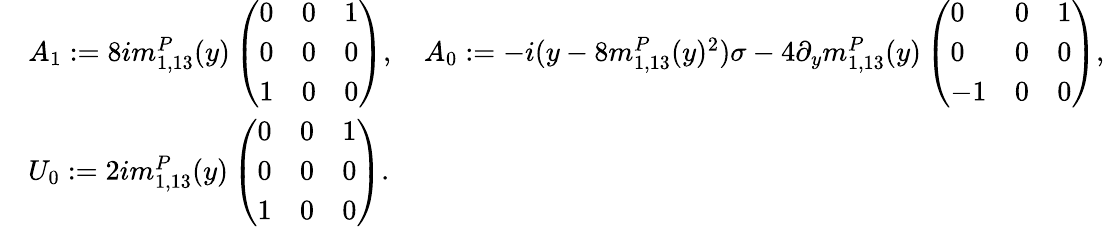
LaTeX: \begin{array}{rl}&{A_{1}:=8im_{1,13}^{P}(y)\left(\begin{array}{lll}{0}&{0}&{1}\\ {0}&{0}&{0}\\ {1}&{0}&{0}\end{array}\right),\quad A_{0}:=-i(y-8m_{1,13}^{P}(y)^{2})\sigma-4\partial_{y}m_{1,13}^{P}(y)\left(\begin{array}{lll}{0}&{0}&{1}\\ {0}&{0}&{0}\\ {-1}&{0}&{0}\end{array}\right),}\\ &{U_{0}:=2im_{1,13}^{P}(y)\left(\begin{array}{lll}{0}&{0}&{1}\\ {0}&{0}&{0}\\ {1}&{0}&{0}\end{array}\right).}\end{array}